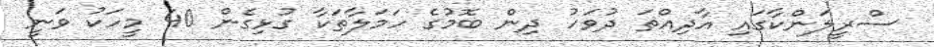
ސްރީލަންކާގައި އާދިއްތަ ދުވަހު ދިން ބޮމުގެ ހަމަލާތަކާ ގުޅިގެން 40 މީހަކު ވަނީ